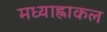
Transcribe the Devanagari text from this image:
मध्याह्नाकल